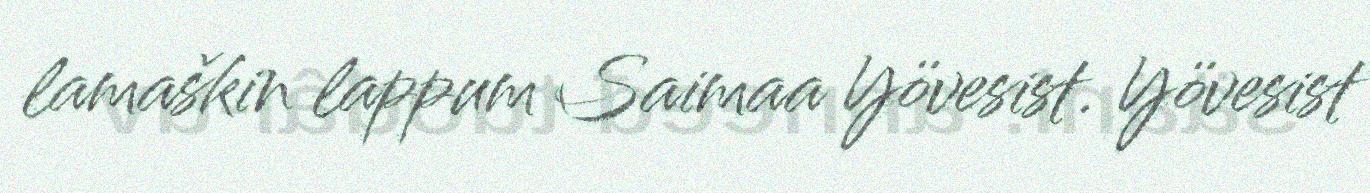
lamaškin lappum Saimaa Yövesist. Yövesist